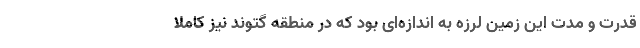
قدرت و مدت این زمین لرزه به اندازه‌ای بود که در منطقه گتوند نیز کاملا